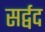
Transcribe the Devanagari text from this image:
सर्द्वद